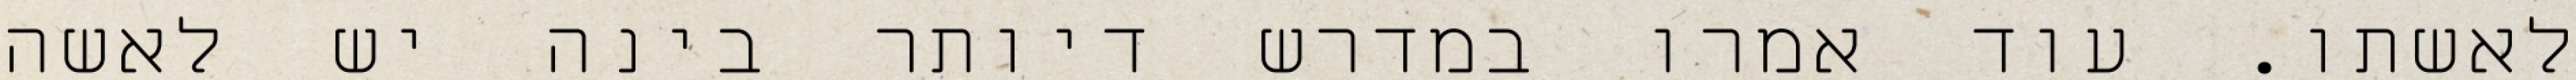
לאשתו. עוד אמרו במדרש דיותר בינה יש לאשה